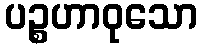
ပဉ္စဟာဝုသော